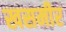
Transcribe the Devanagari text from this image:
खसमीर